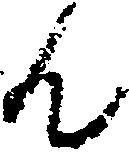
ん